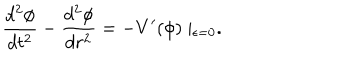
LaTeX: \frac { d ^ { 2 } \phi } { d t ^ { 2 } } - \frac { d ^ { 2 } \phi } { d r ^ { 2 } } = - V ^ { \prime } ( \phi ) \mid _ { \epsilon = 0 } .